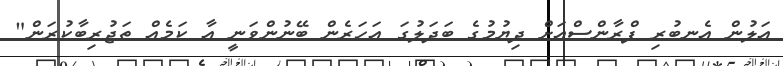
އަލުން އެނބުރި ފްރާންސްއަށް ދިޔުމުގެ ބަދަލުގަ އަހަރެން ބޭނުންވަނީ އާ ކަމެއް ތަޖުރިބާކުރަން"